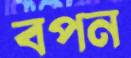
বপন